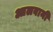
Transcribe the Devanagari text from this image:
आलवानी